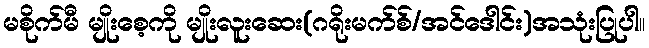
မစိုက်မီ မျိုးစေ့ကို မျိုးလူးဆေး(ဂရိုးမက်စ်/အင်ဒေါင်း)အသုံးပြုပါ။